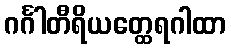
ဂင်္ဂါတီရိယတ္ထေရဂါထာ